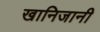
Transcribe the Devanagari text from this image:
खानिजानी